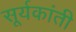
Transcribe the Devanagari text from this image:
सूर्यकांती